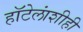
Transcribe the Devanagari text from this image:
हॉटेलांशीही